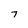
Character: 7